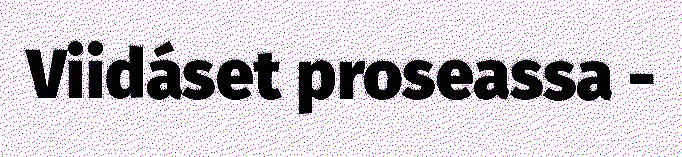
Viidáset proseassa -